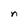
Character: q